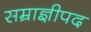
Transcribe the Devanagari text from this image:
सम्राज्ञीपद